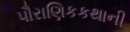
પૌરાણિકકથાની